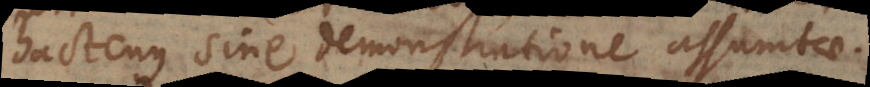
hactenus sine demonstratione assumtae.